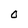
Character: O